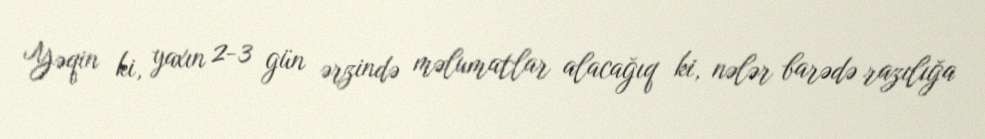
Yəqin ki, yaxın 2-3 gün ərzində məlumatlar alacağıq ki, nələr barədə razılığa